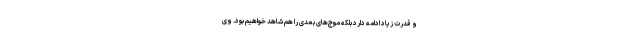
و قدرت زیاد ادامه دارد بلکه موج‌های بعدی را هم شاهد خواهیم بود. وی